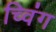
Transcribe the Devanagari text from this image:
च्विंग